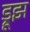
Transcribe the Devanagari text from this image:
ड्रूझ